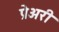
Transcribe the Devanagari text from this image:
प्रेअरी